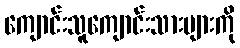
ကျောင်းသူကျောင်းသားများကို